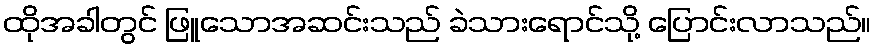
ထိုအခါတွင် ဖြူသောအဆင်းသည် ခဲသားရောင်သို့ ပြောင်းလာသည်။